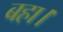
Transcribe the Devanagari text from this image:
बहा।